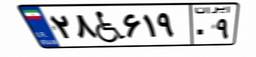
۲۸W۶۱۹۰۹